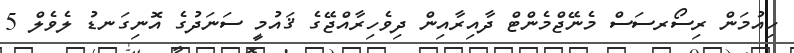
ހިއުމަން ރިސޯރސަސް މެނޭޖްމެންޓް ދާއިރާއިން ދިވެހިރާއްޖޭގެ ޤައުމީ ސަނަދުގެ އޮނިގަނޑު ލެވެލް 5